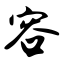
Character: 容